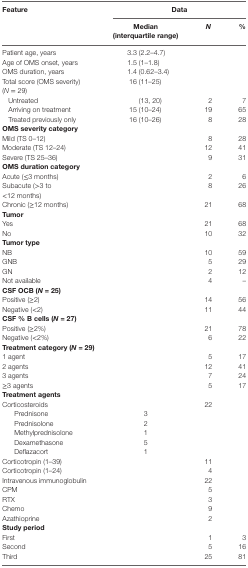
<table><thead><tr><td><b>Feature</b></td><td colspan="3"><b>Data</b></td></tr><tr><td></td><td><b>Median (interquartile range)</b></td><td><b><i>N</i></b></td><td><b>%</b></td></tr></thead><tbody><tr><td>Patient age, years</td><td>3.3 (2.2–4.7)</td><td></td><td></td></tr><tr><td>Age of OMS onset, years</td><td>1.5 (1–1.8)</td><td></td><td></td></tr><tr><td>OMS duration, years</td><td>1.4 (0.62–3.4)</td><td></td><td></td></tr><tr><td>Total score (OMS severity) (<i>N</i> = 29)</td><td>16 (11–25)</td><td></td><td></td></tr><tr><td> Untreated</td><td>(13, 20)</td><td>2</td><td>7</td></tr><tr><td> Arriving on treatment</td><td>15 (10–24)</td><td>19</td><td>65</td></tr><tr><td> Treated previously only</td><td>16 (10–26)</td><td>8</td><td>28</td></tr><tr><td colspan="4"><b>OMS severity category</b></td></tr><tr><td>Mild (TS 0–12)</td><td></td><td>8</td><td>28</td></tr><tr><td>Moderate (TS 12–24)</td><td></td><td>12</td><td>41</td></tr><tr><td>Severe (TS 25–36)</td><td></td><td>9</td><td>31</td></tr><tr><td colspan="4"><b>OMS duration category</b></td></tr><tr><td>Acute (≤3 months)</td><td></td><td>2</td><td>6</td></tr><tr><td>Subacute (&gt;3 to &lt;12 months)</td><td></td><td>8</td><td>26</td></tr><tr><td>Chronic (≥12 months)</td><td></td><td>21</td><td>68</td></tr><tr><td colspan="4"><b>Tumor</b></td></tr><tr><td>Yes</td><td></td><td>21</td><td>68</td></tr><tr><td>No</td><td></td><td>10</td><td>32</td></tr><tr><td colspan="4"><b>Tumor type</b></td></tr><tr><td>NB</td><td></td><td>10</td><td>59</td></tr><tr><td>GNB</td><td></td><td>5</td><td>29</td></tr><tr><td>GN</td><td></td><td>2</td><td>12</td></tr><tr><td>Not available</td><td></td><td>4</td><td>–</td></tr><tr><td colspan="4"><b>CSF OCB (N = 25)</b></td></tr><tr><td>Positive (≥2)</td><td></td><td>14</td><td>56</td></tr><tr><td>Negative (&lt;2)</td><td></td><td>11</td><td>44</td></tr><tr><td colspan="4"><b>CSF % B cells (N = 27)</b></td></tr><tr><td>Positive (≥2%)</td><td></td><td>21</td><td>78</td></tr><tr><td>Negative (&lt;2%)</td><td></td><td>6</td><td>22</td></tr><tr><td colspan="4"><b>Treatment category (N = 29)</b></td></tr><tr><td>1 agent</td><td></td><td>5</td><td>17</td></tr><tr><td>2 agents</td><td></td><td>12</td><td>41</td></tr><tr><td>3 agents</td><td></td><td>7</td><td>24</td></tr><tr><td>≥3 agents</td><td></td><td>5</td><td>17</td></tr><tr><td colspan="4"><b>Treatment agents</b></td></tr><tr><td>Corticosteroids</td><td></td><td>22</td><td></td></tr><tr><td> Prednisone</td><td>3</td><td></td><td></td></tr><tr><td> Prednisolone</td><td>2</td><td></td><td></td></tr><tr><td> Methylprednisolone</td><td>1</td><td></td><td></td></tr><tr><td> Dexamethasone</td><td>5</td><td></td><td></td></tr><tr><td> Deflazacort</td><td>1</td><td></td><td></td></tr><tr><td>Corticotropin (1–39)</td><td></td><td>11</td><td></td></tr><tr><td>Corticotropin (1–24)</td><td></td><td>4</td><td></td></tr><tr><td>Intravenous immunoglobulin</td><td></td><td>22</td><td></td></tr><tr><td>CPM</td><td></td><td>5</td><td></td></tr><tr><td>RTX</td><td></td><td>3</td><td></td></tr><tr><td>Chemo</td><td></td><td>9</td><td></td></tr><tr><td>Azathioprine</td><td></td><td>2</td><td></td></tr><tr><td colspan="4"><b>Study period</b></td></tr><tr><td>First</td><td></td><td>1</td><td>3</td></tr><tr><td>Second</td><td></td><td>5</td><td>16</td></tr><tr><td>Third</td><td></td><td>25</td><td>81</td></tr></tbody></table>